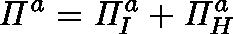
\mathit { \Pi } ^ { a } = \mathit { \Pi } _ { I } ^ { a } + \mathit { \Pi } _ { H } ^ { a }